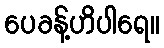
ပေခန့်ဟိပါရေ။